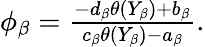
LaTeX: \begin{array}{r}{\phi_{\beta}=\frac{-d_{\beta}\theta(Y_{\beta})+b_{\beta}}{c_{\beta}\theta(Y_{\beta})-a_{\beta}}.}\end{array}